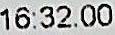
16:32:00